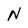
Character: N